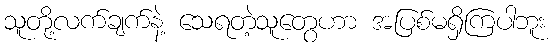
သူတို့လက်ချက်နဲ့ သေရတဲ့သူတွေဟာ အပြစ်မရှိကြပါဘူး